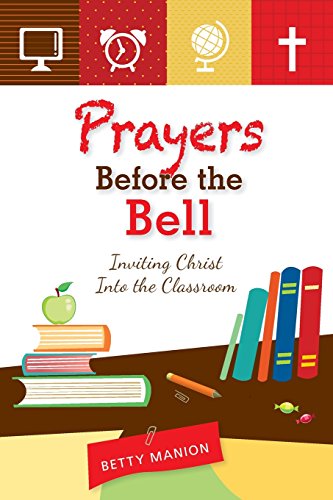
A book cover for Prayers Before the Bell: Inviting Christ Into the Classroom; Betty Manion; Christian Books & Bibles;